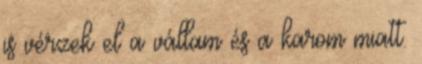
is vérzek el a vállam és a karom miatt.